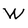
Character: W